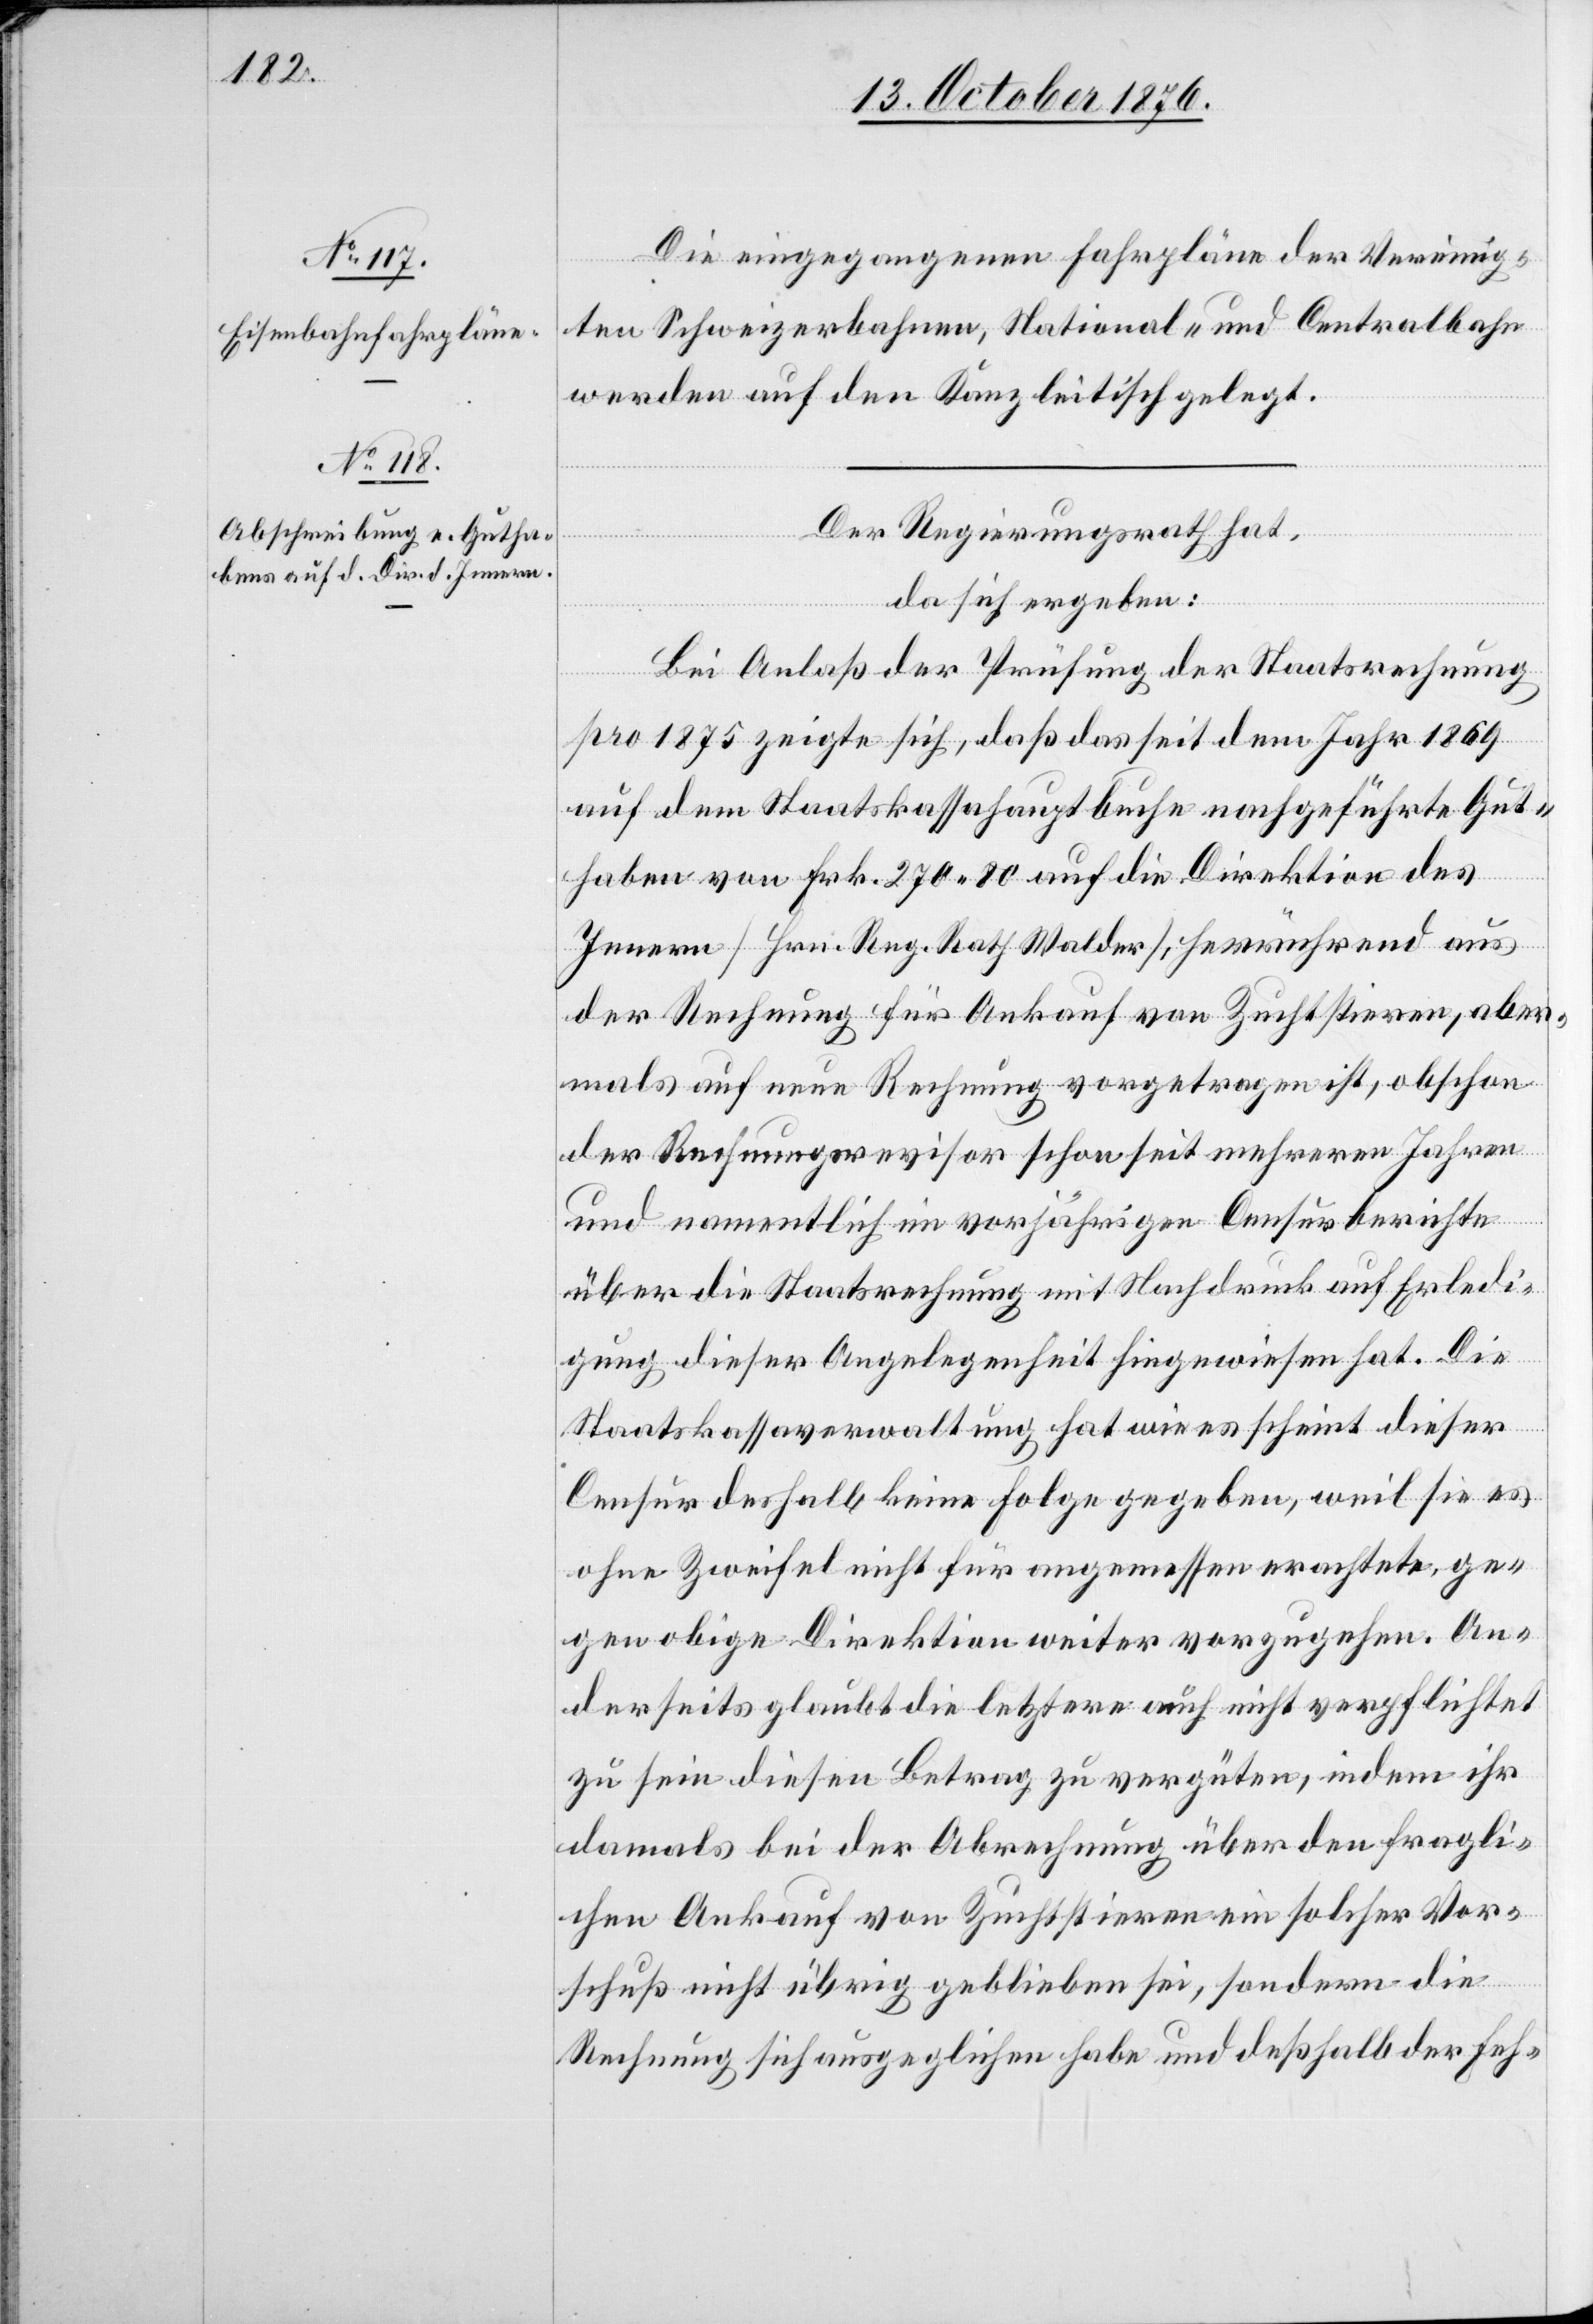
Die eingegangenen Fahrpläne der Vereinig¬
ten Schweizerbahnen, National- und Centralbahn
werden auf den Kanzleitisch gelegt.
Der Regierungsrath hat,
da sich ergeben:
Bei Anlaß der Prüfung der Staatsrechnung
pro 1875 zeigte sich, daß das seit dem Jahr 1869
auf dem Staatskassahauptbuche nachgeführte Gut¬
haben von Frk. 270 80 auf die Direktion des
Innern [Hrn. Reg. Rath Walder], herrührend aus
der Rechnung für Ankauf von Zuchtstieren, aber¬
mals auf neue Rechnung vorgetragen ist, obschon
der Rechnungsrevisor schon seit mehreren Jahren
und namentlich im vorjährigen Censurberichte
über die Staatsrechnung mit Nachdruck auf Erledi¬
gung dieser Angelegenheit hingewiesen hat. Die
Staatskassaverwaltung hat wie es schient dieser
Censur deshalb keine Folge gegeben, weil sie es
ohne Zweifel nicht für angemessen erachtete, ge¬
gen obige Direktion weiter vorzugehen. An¬
derseits glaubt die letztere auch nicht verpflichtet
zu sein diesen Betrag zu vergüten, indem ihr
damals bei der Abrechnung über den fragli¬
chen Ankauf von Zuchtstieren ein solcher Vor¬
schuß nicht übrig geblieben sei, sondern die
Rechnung sich ausgeglichen habe und deßhalb der Feh-